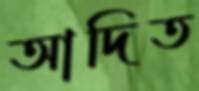
আদিত